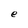
Character: e